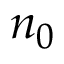
n _ { 0 }